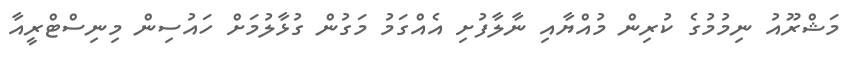
މަޝްރޫއު ނިމުމުގެ ކުރިން މުއްޔާއި ނާލާފުށި އެއްގަމު މަގުން ގުޅާލުމަށް ހައުސިން މިނިސްޓްރީއާ